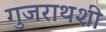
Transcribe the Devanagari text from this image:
गुजराथशी